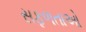
સફળતાઓ